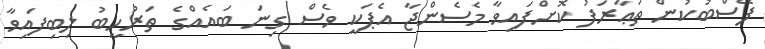
ފޭސްބުކުން ތަޢާރަފު ކޮށްފައިވާ މެސެންޖާ އެޕަކީ ވެސް ގިނަ ބައެއްގެ ތަރުހީބު ލިބިފައިވާ